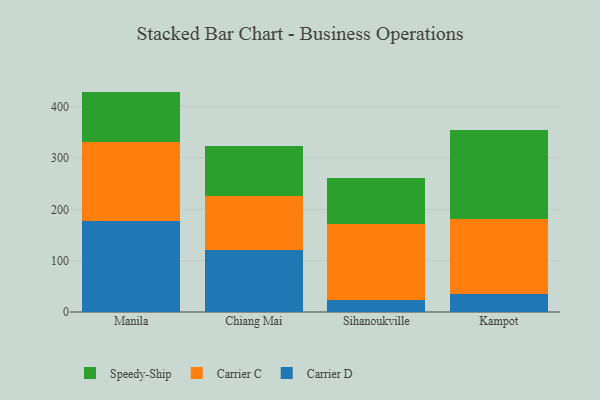
{"axis": {"x": "City", "y": "Satisfaction Score"}, "legend": ["Carrier C", "Carrier D", "Speedy-Ship"], "data": [{"x": "Manila", "y": 177.2, "type": "Carrier D"}, {"x": "Manila", "y": 154.6, "type": "Carrier C"}, {"x": "Manila", "y": 97.5, "type": "Speedy-Ship"}, {"x": "Chiang Mai", "y": 120.5, "type": "Carrier D"}, {"x": "Chiang Mai", "y": 105.8, "type": "Carrier C"}, {"x": "Chiang Mai", "y": 97.6, "type": "Speedy-Ship"}, {"x": "Sihanoukville", "y": 24.3, "type": "Carrier D"}, {"x": "Sihanoukville", "y": 146.2, "type": "Carrier C"}, {"x": "Sihanoukville", "y": 91.3, "type": "Speedy-Ship"}, {"x": "Kampot", "y": 35.4, "type": "Carrier D"}, {"x": "Kampot", "y": 146.5, "type": "Carrier C"}, {"x": "Kampot", "y": 172.8, "type": "Speedy-Ship"}]}